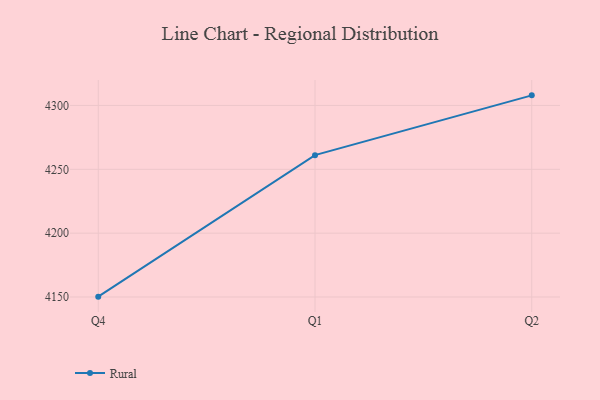
{"axis": {"x": "Quarter", "y": "Market Share (%)"}, "legend": ["Rural"], "data": [{"x": "Q4", "y": 4150.3, "type": "Rural"}, {"x": "Q1", "y": 4261.1, "type": "Rural"}, {"x": "Q2", "y": 4307.9, "type": "Rural"}]}